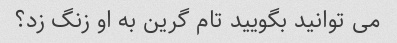
می توانید بگویید تام گرین به او زنگ زد؟